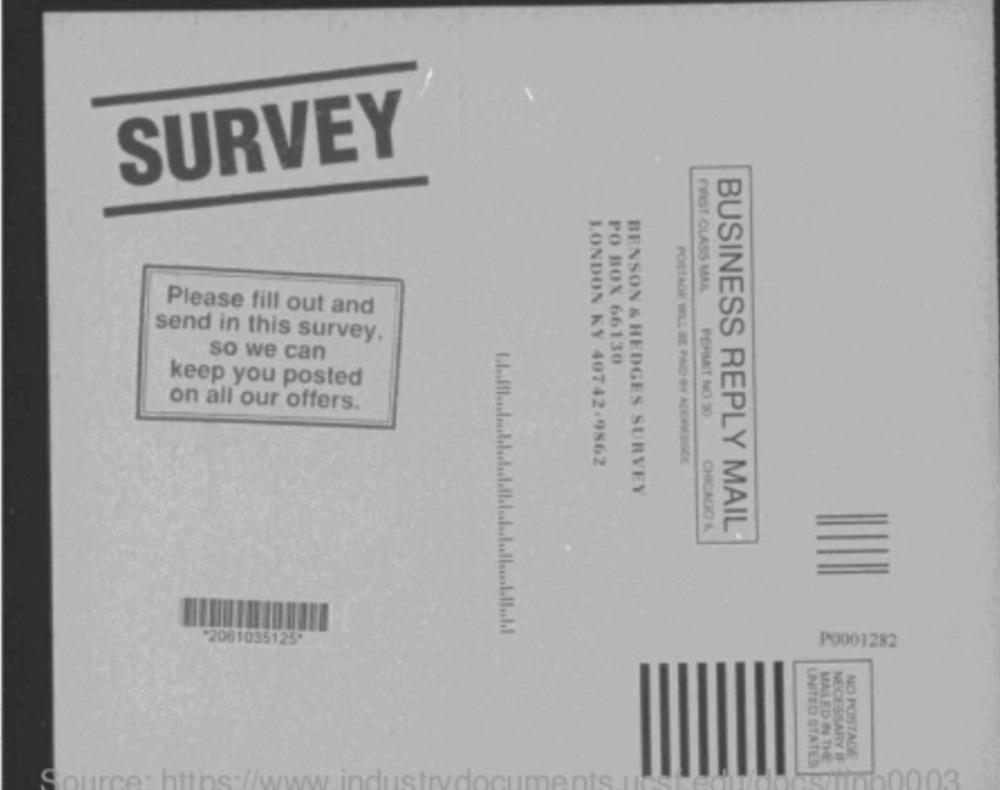
SURVEY
MWST-CLASS MALL
Please fill out and
send in this survey,
so we can
PO BOX 66130
keep you posted
on all our offers.
PERMIT NO 30
LONDON KY 40742-9862
PORTAGE WILL BE PAID BY ADORESSEE
BENSON & HEDGES SURVEY
CHICAGO &
BUSINESS REPLY MAIL
*2061035125"
P0001282
LINLED IN THE
NECESSARY IF
NO POSTAGE
UNITED STATES
1060003
Source: https://www.industrydocuments.Il